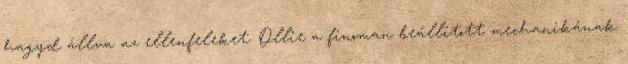
hagyd állva az ellenfeleket. Ollie a finoman beállított mechanikának